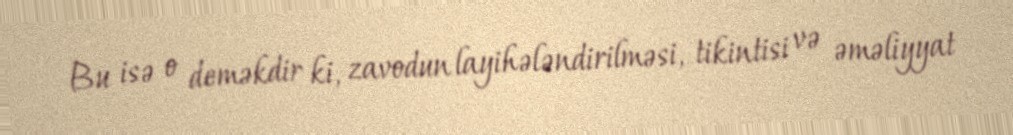
Bu isə o deməkdir ki, zavodun layihələndirilməsi, tikintisi və əməliyyat